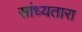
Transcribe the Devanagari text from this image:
सांध्यतारा